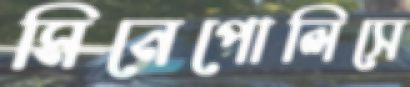
মিনেপোলিসে